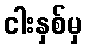
ငါးနှစ်မှ